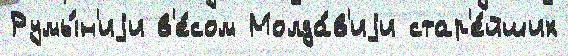
Румы́н'иjи в'е́сом Молда́в'иjи стар'е́йших